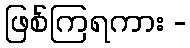
ဖြစ်ကြရကား -